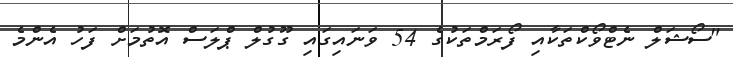
"ސޯޝަލް ނެޓްވޯކްތަކާއި ފޯރަމްތަކުގެ 54 ވަނައިގައި ގޫގުލް ޕްލަސް އޮތުމަށް ފަހު އެންމެ